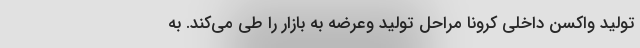
تولید واکسن داخلی کرونا مراحل تولید وعرضه به بازار را طی می‌کند. به